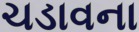
ચડાવના